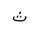
Letter: _tha